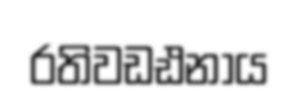
රතිවඩඪනාය